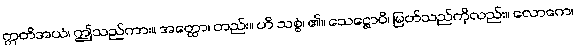
ဣတိအယံ၊ ဤသည်ကား။ အတ္ထော၊ တည်း။ ဟိ သစ္စံ၊ ၏။ သေဋ္ဌောပိ၊ မြတ်သည်ကိုလည်း။ လောကေ၊